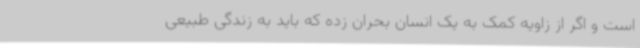
است و اگر از زاویه کمک به یک انسان بحران زده که باید به زندگی طبیعی